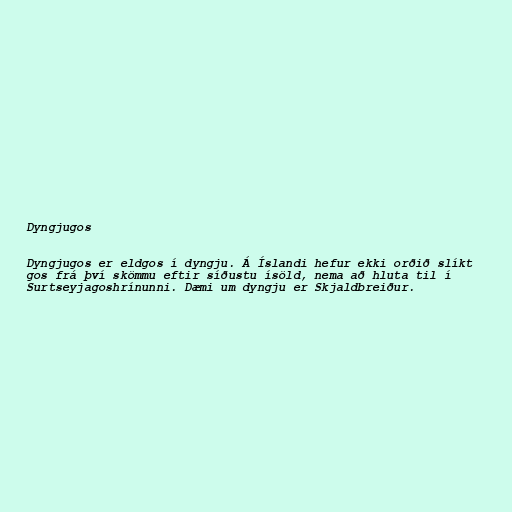
Dyngjugos

Dyngjugos er eldgos í dyngju. Á Íslandi hefur ekki orðið slíkt
gos frá því skömmu eftir síðustu ísöld, nema að hluta til í
Surtseyjagoshrínunni. Dæmi um dyngju er Skjaldbreiður.